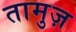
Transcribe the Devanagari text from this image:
तामुज़